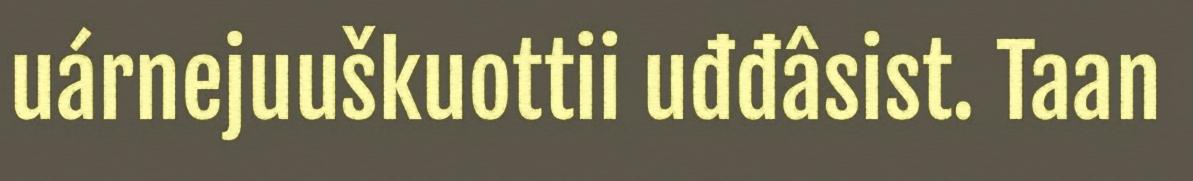
uárnejuuškuottii uđđâsist. Taan